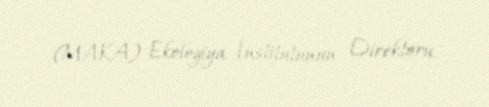
(MAKA) Ekologiya İnstitutunun Direktoru.